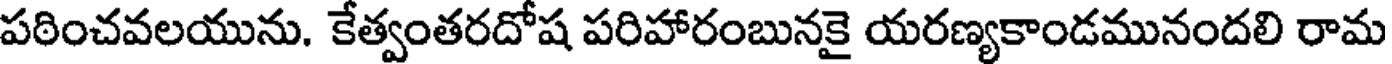
పఠించవలయును. కేత్వంతరదోష పరిహారంబునకై యరణ్యకాండమునందలి రామ